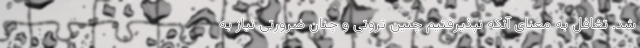
شد. تغافل به معنای آنکه نپذیرفتیم چنین ثروتی و چنان ضرورتی نیاز به